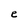
Character: e